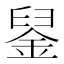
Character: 𨦴